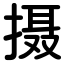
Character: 摄